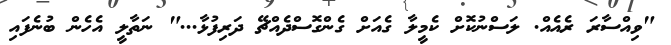
"ވިއްސާރަ ރެއެއް. ލަސްނުކޮށް ކެމީލާ ގެއަށް ގެންގޮސްދެއްޗޭ ދަރިފުޅާ..." ނަތާލީ އެހެން ބުނެފައި